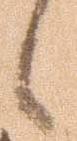
候